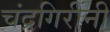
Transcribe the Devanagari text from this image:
चंद्रगिरींनी